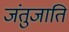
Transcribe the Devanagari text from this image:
जंतुजाति